Document type: Sale
Year: 1354
Scribe: Bernat de Torre
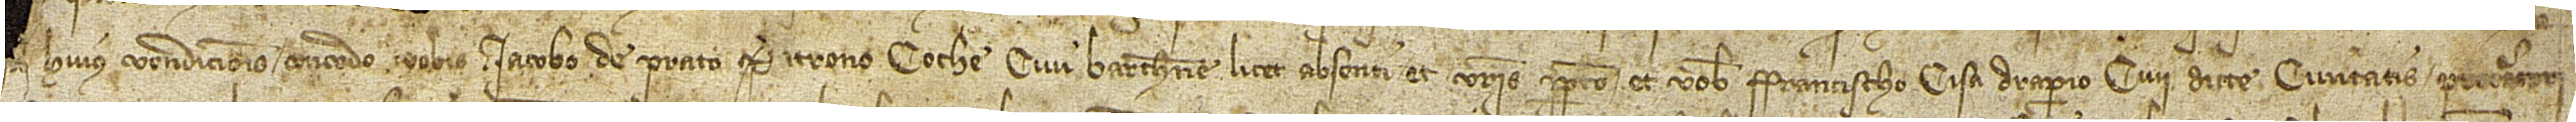
v[endo et cause] huius vendicionis concedo vobis  Iacobo de Prato, patrono coche, civi Barchinone, licet absenti, et vestris perpetuo et vobis Francischo Cisa, draperio, civi dicte civitatis, procuratori